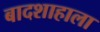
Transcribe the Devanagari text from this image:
बादशाहाला